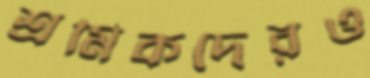
শ্রমিকদেরও